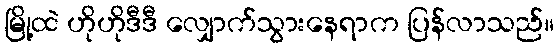
မြို့ထဲ ဟိုဟိုဒီဒီ လျှောက်သွားနေရာက ပြန်လာသည်။